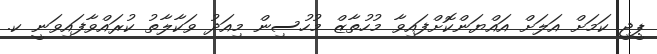
ޕީޖީ ކަމަށް އަލަށް އައްޔަންކޮށްފައިވާ މުހުތާޒް މުހުސިން މިއަދު ވަކާލާތު ކުރައްވާފައިވަނީ ކ.